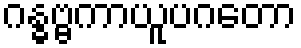
ဂန္ဓဗ္ဗကာယူပဂတော